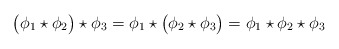
\begin{align*}\bigl(\phi_1\star\phi_2\bigr)\star\phi_3=\phi_1\star\bigl(\phi_2\star\phi_3\bigr)=\phi_1\star\phi_2\star\phi_3\end{align*}